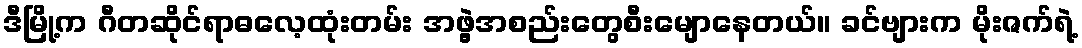
ဒီမြို့က ဂီတဆိုင်ရာဓလေ့ထုံးတမ်း အဖွဲ့အစည်းတွေစီးမျောနေတယ်။ ခင်ဗျားက မိုးဇက်ရဲ့